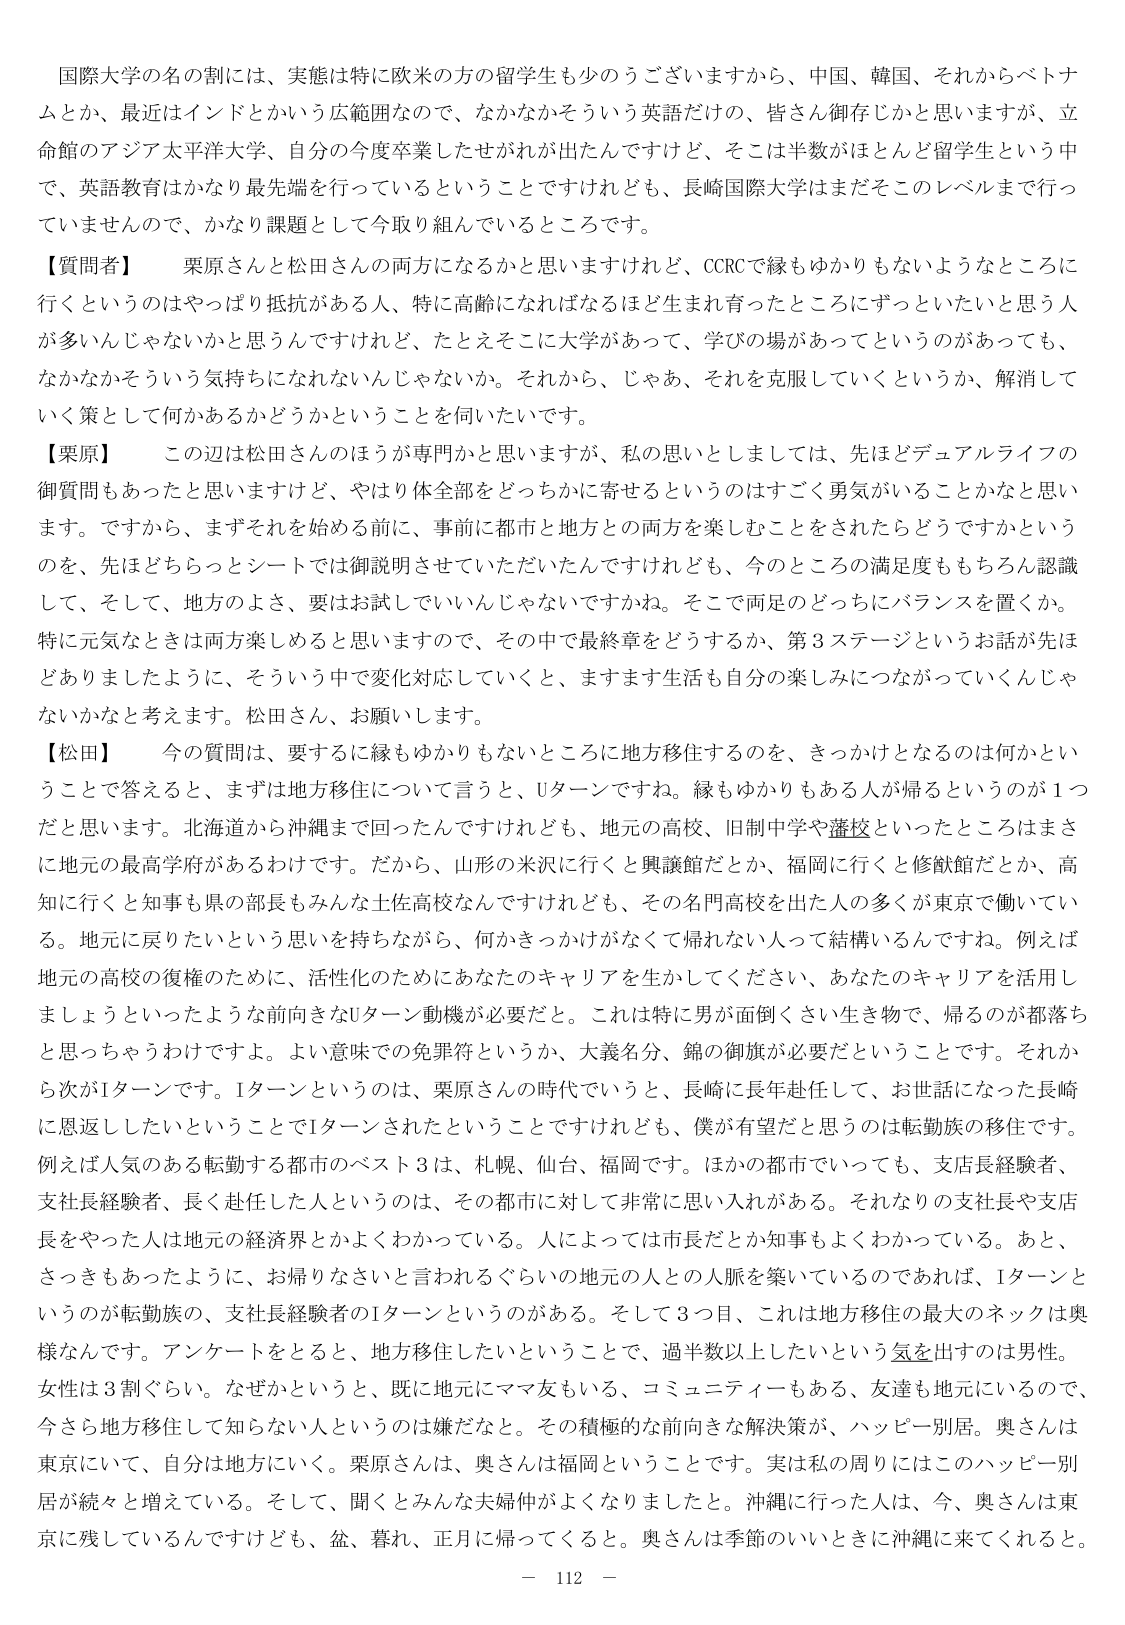
国際大学の名の制には、実態は特に欧米の方の留学生も少のうございますから、中国、韓国、それからベトナムとか、最近はインドとかいう広範囲なので、なかなかそういう英語だけの、皆さん御存じかと思いますが、立命館のアジア太平洋大学、自分の今度卒業したせがれが出たんですけど、そこは半数がほとんど留学生という中で、英語教育はかなり最先端を行っているということですけれども、長崎国際大学はまだそのレベルまで行っていませんので、かなり課題として今取り組んでいるところです。

【質問者】　栗原さんと松田さんの両方になるかと思いますけれど、CCRCで縁もゆかりもないようなところに行くというのはやっぱり抵抗がある人、特に高齢になればなるほど生まれ育ったところにずっといたいと思う人が多いんじゃないかと思うんですけれど、たとえそこに大学があって、学びの場があってというのがあっても、なかなかそういう気持ちになれないんじゃないか。それから、じゃあ、それを克服していくというか、解消していく策として何かあるかどうかということを伺いたいです。

【栗原】　この辺は松田さんのほうが専門かと思いますが、私の思いとしましては、先ほどデュアルライフの御質問もあったと思いますけど、やはり体全部をどっちかに寄せるというのはすごく勇気がいることかなと思います。ですから、まずそれを始める前に、事前に都市と地方との両方を楽しむことをされたらどうですかというのを、先ほどちらっとシートでは御説明させていただいたんですけども、今のところの満足度ももちろん認識して、そして、地方のよさ、要はお試しでいいんじゃないですかね。そこで両足のどっちにバランスを置くか。特に元気なときは両方楽しめると思いますので、その中で最終章をどうするか、第3ステージというお話が先ほどありましたように、そういう中で変化対応していくと、ますます生活も自分の楽しみにつながっていくんじゃないかと考えます。松田さん、お願いします。

【松田】　今の質問は、要するに縁もゆかりもないところに地方移住するのを、きっかけとなるのは何かということで答えると、まずは地方移住について言うと、Uターンですね。縁もゆかりもある人が帰るというのが1つだと思います。北海道から沖縄まで回ったんですけども、地元の高校、旧制中学や藩校といったところはまさに地元の最高学府があるわけです。だから、山形の米沢に行くと興譲館だとか、福岡に行くと修猷館だとか、高知に行くと知事も県の部長もみんな土佐高校なんですけれども、その名門高校を出た人の多くが東京で働いている。地元に戻りたいという思いを持ちながら、何かきっかけがなくて帰れない人って結構いるんですね。例えば地元の高校の復権のために、活性化のためにあなたのキャリアを生かしてください、あなたのキャリアを活用しましょうといったような前向きなUターン動機が必要だと。これは特に男が面倒くさい生き物で、帰るのが都落ちと思っちゃうわけですよ。よい意味での免罪符というか、大義名分、錦の御旗が必要だということです。それから次がIターンです。Iターンというのは、栗原さんの時代でいうと、長崎に長年赴任して、お世話になった長崎に恩返ししたいということでIターンされたということですけれども、僕が有望だと思うのは転勤族の移住です。例えば人気のある転勤する都市のベスト3は、札幌、仙台、福岡です。ほかの都市でいっても、支店長経験者、支社長経験者、長く赴任した人というのは、その都市に対して非常に思い入れがある。それなりの支社長や支店長をやった人は地元の経済界とかよくわかっている。人によっては市長だとか知事もよくわかっている。あと、さっきもあったように、お帰りなさいと言われるぐらいの地元の人との人脈を築いているのであれば、Iターンというのが転勤族の、支社長経験者のIターンというのがある。そして3つ目、これは地方移住の最大のネックは奥様なんです。アンケートをとると、地方移住したいということで、過半数以上したいという気を出すのは男性。女性は3割ぐらい。なぜかというと、既に地元にママ友もいる、コミュニティもある、友達も地元にいるので、今さら地方移住して知らない人というのは嫌だなと。その積極的な前向きな解決策が、ハッピー別居。奥さんは東京にいて、自分は地方にいく。栗原さんは、奥さんは福岡ということです。実は私の周りにはこのハッピー別居が続々と増えている。そして、聞くとみんな夫婦仲がよくなりましたと。沖縄に行った人は、今、奥さんは東京に残しているんですけども、盆、暮れ、正月に帰ってくると。奥さんは季節のいいときに沖縄に来てくれる。

－ 112 －